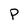
Character: P